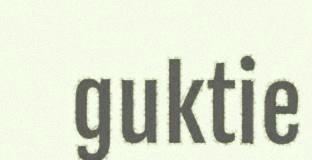
guktie